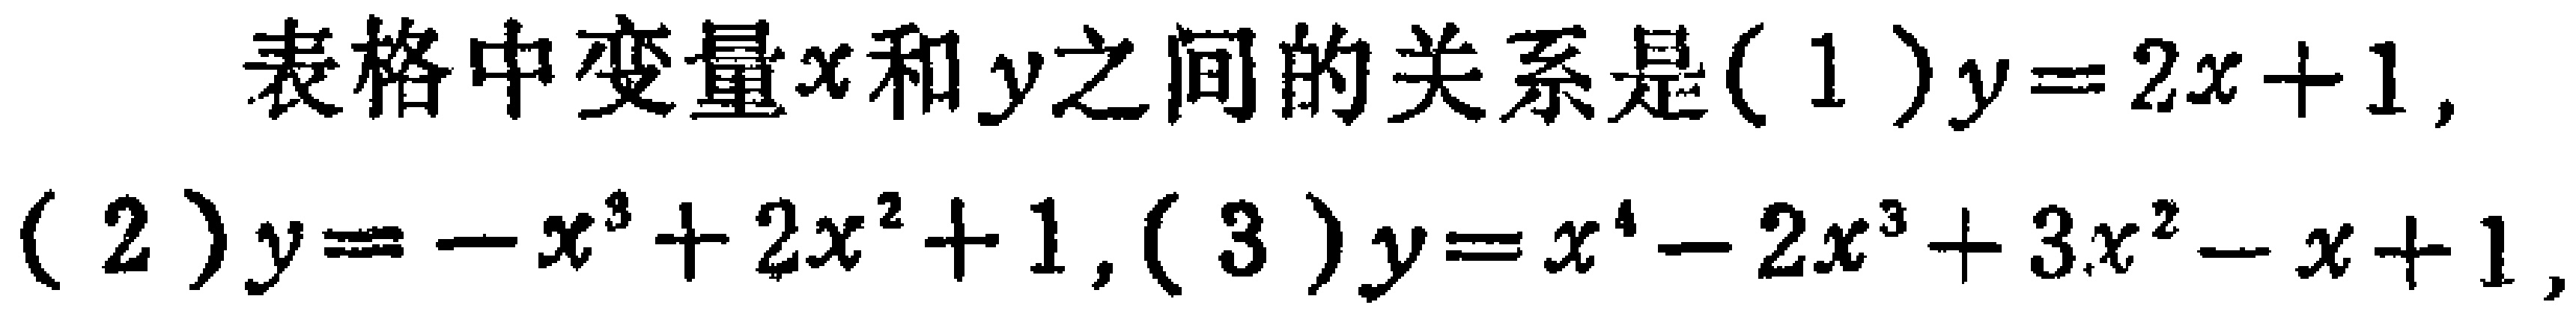
表格中变量\(x\)和\(y\)之间的关系是\((1)y = 2x + 1\)，\((2)y=-x^{3}+2x^{2}+1\)，\((3)y = x^{4}-2x^{3}+3x^{2}-x + 1\)，